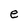
Character: e